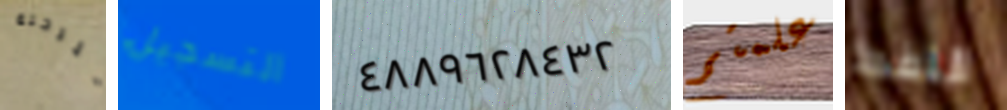
للرحلة التسجيل ٤٨٨٩٦٢٨٤٣٢ علمتم النفط